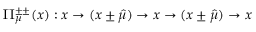
\Pi _ { \mu } ^ { \pm \pm } ( x ) : x \rightarrow ( x \pm \hat { \mu } ) \rightarrow x \rightarrow ( x \pm \hat { \mu } ) \rightarrow x